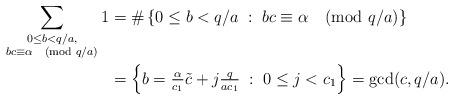
LaTeX: \begin{align*}\sum_{\substack{0\leq b <q/a, \\ bc\equiv \alpha\pmod{q/a}}}1&=\# \left\{0\leq b < q/a\;:\; bc\equiv \alpha\pmod{q/a}\right\}\\&= \left\{ b=\tfrac{\alpha}{c_1} \tilde{c} +j \tfrac{q}{ac_1}\;:\; 0\leq j < c_1\right\}=\gcd(c, q/a).\end{align*}